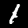
Label: 1